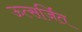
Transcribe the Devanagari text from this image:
ऊत्सर्जित